Indian Civil Veterinary Department memoirs
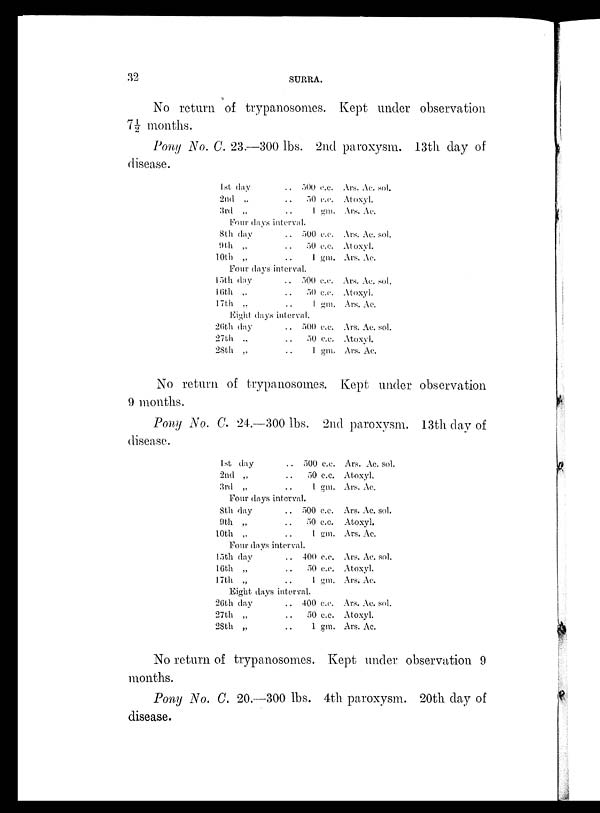
32
SURRA.
No return of trypanosomes. Kept under observation
7½ months.
Pony No. C. 23.—300 lbs. 2nd paroxysm. 13th day of
disease.
1st day
2nd „
3rd „
. . 500 c.c.
. . 50 c.c.
. . 1 gm.
Four days interval.
8th day
9th „
10th „
. . 500 c.c.
. . 50 c.c.
. . 1 gm.
Four days interval.
15th day
16th „
17th „
. . 500 c.c.
. . 50 c.c.
. . 1 gm.
Eight days interval.
26th day
27th „
28th „
. . 500 c.c.
. . 50 c.c.
. . 1 gm.
Ars. Ac. sol.
Atoxyl.
Ars. Ac.
Ars. Ac. sol.
Atoxyl.
Ars. Ac.
Ars. Ac. sol.
Atoxyl.
Ars. Ac.
Ars. Ac. sol.
Atoxyl.
Ars. Ac.
No return of trypanosomes. Kept under observation
9 months.
Pony No. C. 24.—300 lbs. 2nd paroxysm. 13th day of
disease.
1st day
2nd „
3rd „
. . 500 c.c.
. . 50 c.c.
. . 1 gm.
Four days interval.
8th day
9th „
10th „
. . 500 c.c.
. . 50 c.c.
. . 1 gm.
Four days interval.
15th day
16th „
17th „
. . 400 c.c.
. . 50 c.c.
. . 1 gm.
Eight days interval.
26th day
27th „
28th „
. . 400 c.c.
. . 50 c.c.
. . 1 gm.
Ars. Ac. sol.
Atoxyl.
Ars. Ac.
Ars. Ac. sol.
Atoxyl.
Ars. Ac.
Ars. Ac. sol.
Atoxyl.
Ars. Ac.
Ars. Ac. sol.
Atoxyl.
Ars. Ac.
No return of trypanosomes. Kept under observation 9
months.
Pony No. C. 20.—300 lbs. 4th paroxysm. 20th day of
disease.